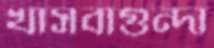
খাসবাগুন্দা